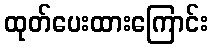
ထုတ်ပေးထားကြောင်း